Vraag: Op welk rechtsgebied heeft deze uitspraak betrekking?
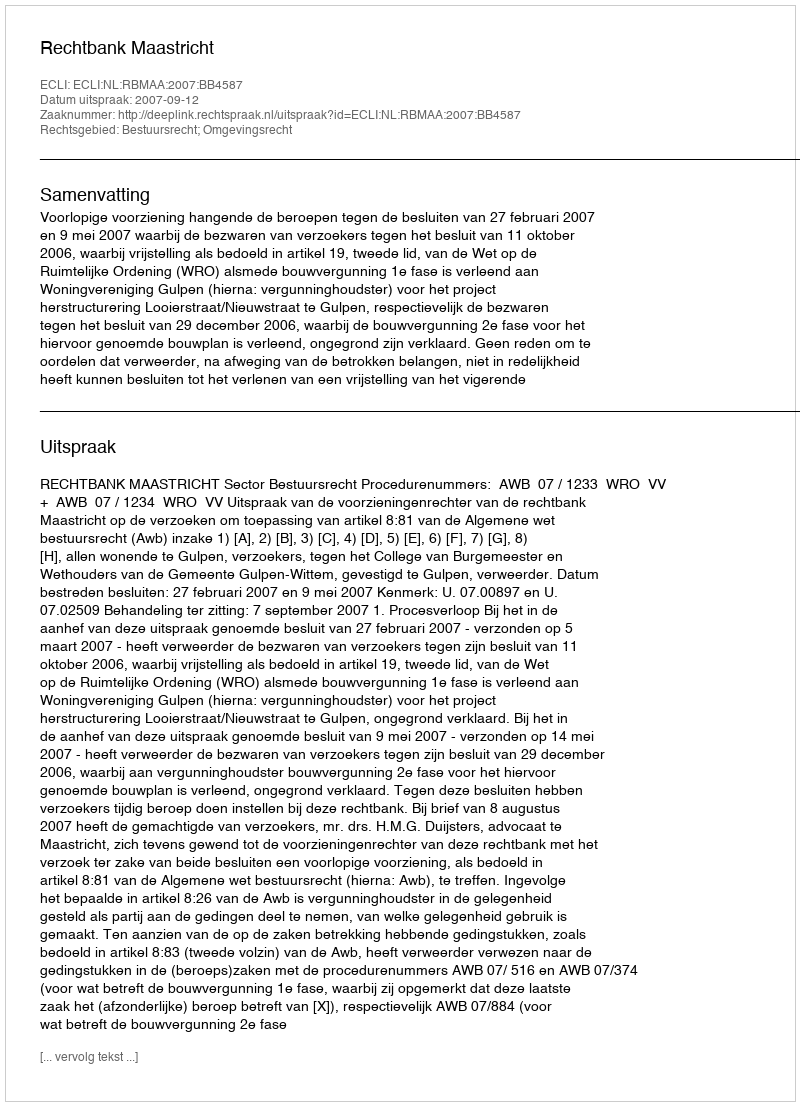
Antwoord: Bestuursrecht; Omgevingsrecht